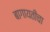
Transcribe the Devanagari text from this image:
बागायतीचा